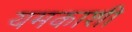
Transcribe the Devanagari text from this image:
यमकाशी